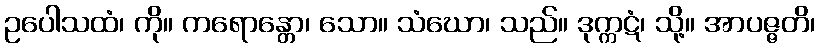
ဥပေါသထံ၊ ကို။ ကရောန္တော၊ သော။ သံဃော၊ သည်။ ဒုက္ကဋံ၊ သို့။ အာပဇ္ဇတိ၊